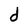
Character: d